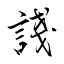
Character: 諓